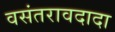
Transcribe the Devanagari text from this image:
वसंतरावदादा